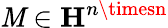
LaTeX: \mathit{M}\in\mathbf{{H}}^{n\timesn}